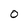
Character: O